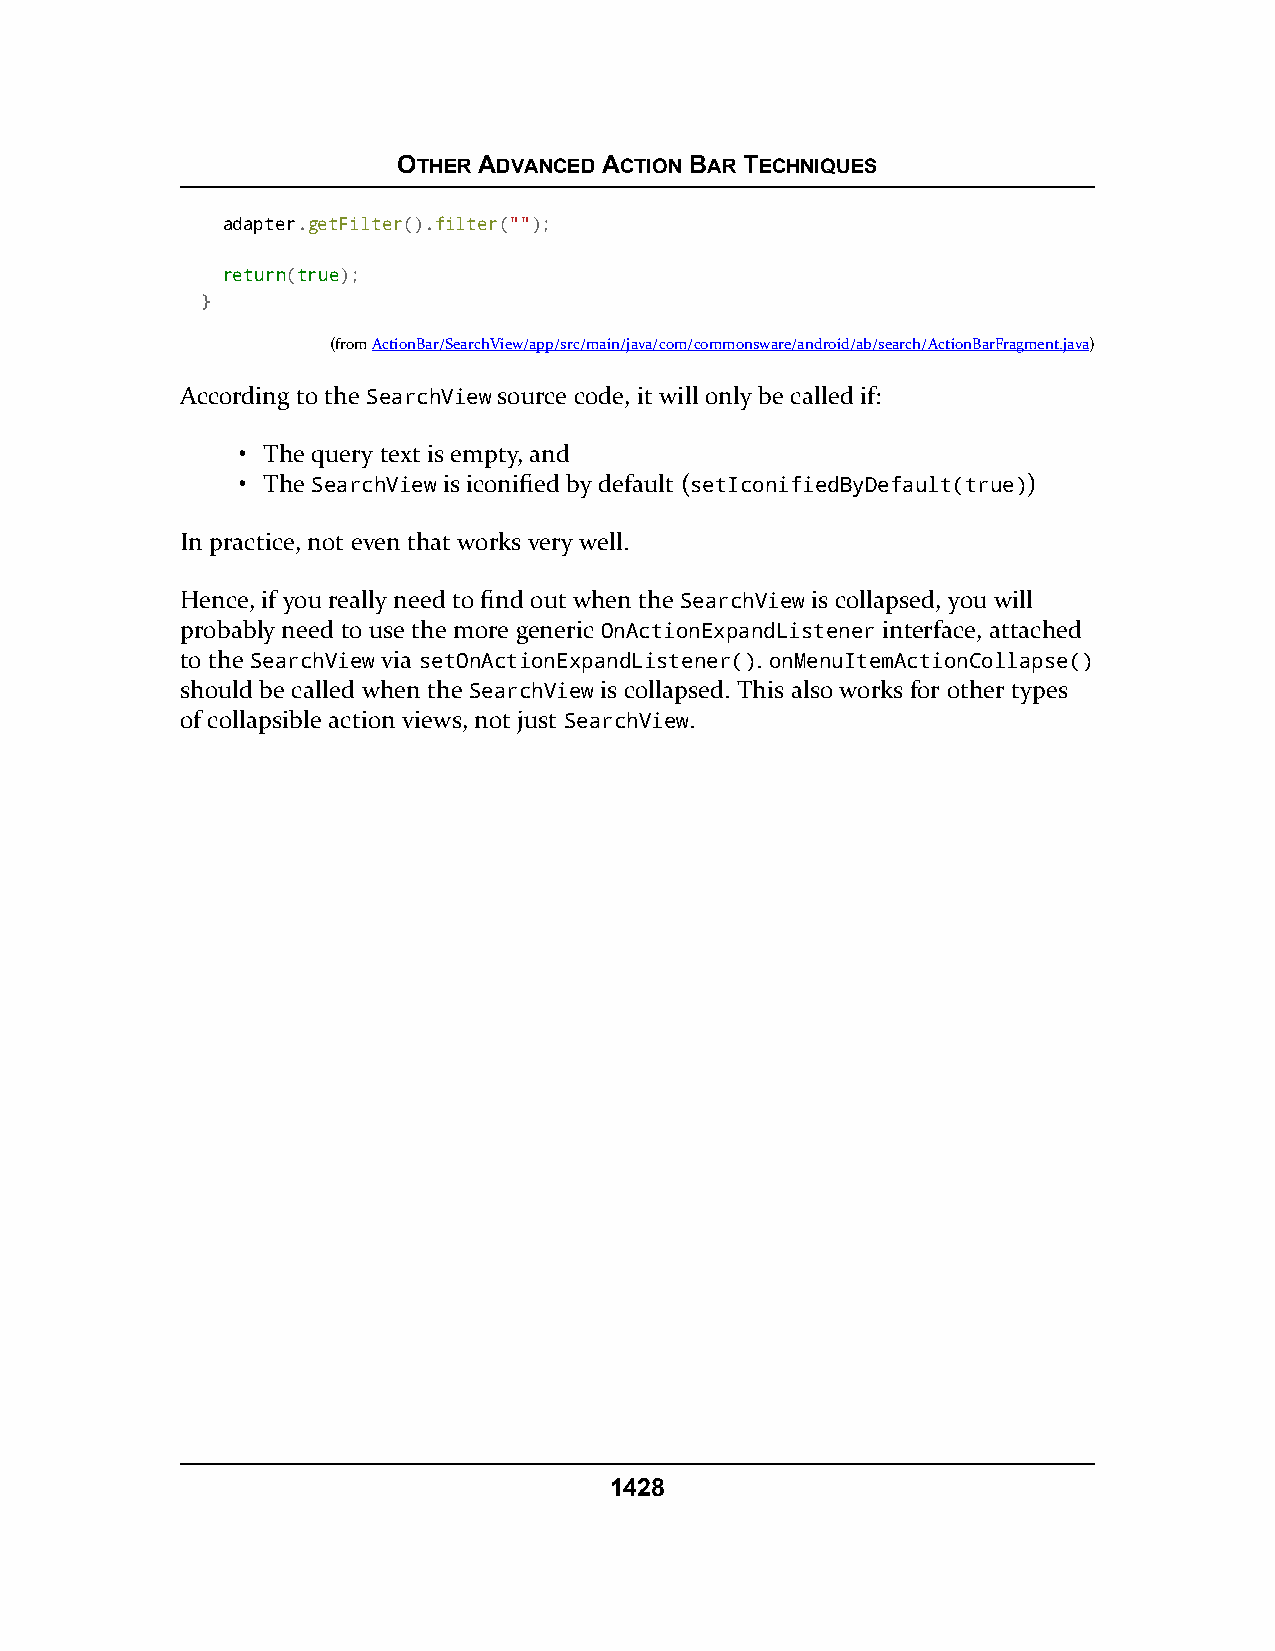
OTHER ADVANCED ACTION BAR TECHNIQUES
 adapter.getFilter().filter("");
 rreettuurrnn(ttrruuee);
 }
 (fromActionBar/SearchView/app/src/main/java/com/commonsware/android/ab/search/ActionBarFragment.java)
 According to the SearchView source code, it will only be called if:
 • The query text is empty, and
 • The SearchView is iconified by default (setIconifiedByDefault(true))
 In practice, not even that works very well.
 Hence, if you really need to find out when the SearchView is collapsed, you will
 probably need to use the more generic OnActionExpandListener interface, attached
 to the SearchView via setOnActionExpandListener(). onMenuItemActionCollapse()
 should be called when the SearchView is collapsed. This also works for other types
 of collapsible action views, not just SearchView.
 1428